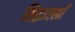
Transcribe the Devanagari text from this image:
सिद्धारखाँ